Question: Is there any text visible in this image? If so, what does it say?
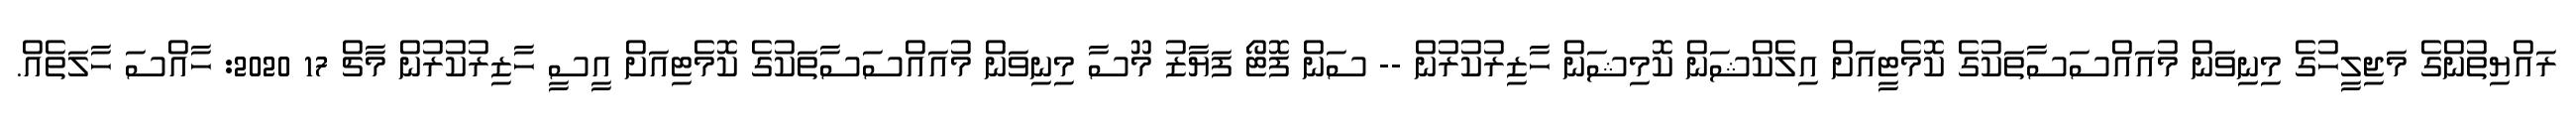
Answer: ރައްޔިތުންގެ މަޖިލީހުގެ މިނިވަން މުއައްސަސާތަކުގެ ކޮމެޓީއަށް އިލެކްޝަން ކޮމިޝަން ހާޒިރުކުރުން -- ސަން ފޮޓޯ ފަޔާޒު މޫސާ މިނިވަން މުއައްސަސާތަކުގެ ކޮމެޓިއަށް އީސީ ހާޒިރުކުރުން މާޗް 17 2020: ހާއްސަ ހާލަތެއް.